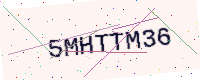
Text: 5MHTTM36